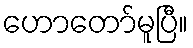
ဟောတော်မူပြီ။